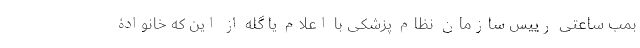
بمب ساعتی رییس سازمان نظام پزشکی با اعلام یا گله از این که خانوادۀ